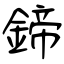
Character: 鍗